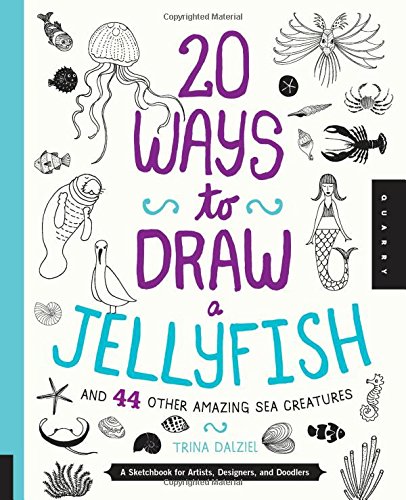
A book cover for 20 Ways to Draw a Jellyfish and 44 Other Amazing Sea Creatures: A Sketchbook for Artists, Designers, and Doodlers; Trina Dalziel; Arts & Photography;